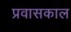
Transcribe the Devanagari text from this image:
प्रवासकाल